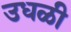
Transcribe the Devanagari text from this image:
उधळी